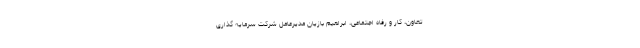
تعاون، کار و رفاه اجتماعی، ابراهیم بازیان مدیرعامل شرکت سرمایه گذاری